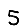
Digit: 5